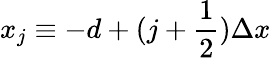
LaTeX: x_{j}\equiv-d+(j+\frac{1}{2})\Delta x